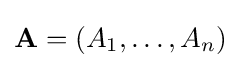
\mathbf {A} =(A_{1},\ldots ,A_{n})